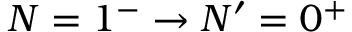
N = 1 ^ { - } \rightarrow N ^ { \prime } = 0 ^ { + }